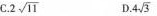
C. 2 \sqrt{11} D. 4 \sqrt{3}